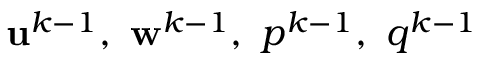
\mathbf { u } ^ { k - 1 } , \ \mathbf { w } ^ { k - 1 } , \ p ^ { k - 1 } , \ q ^ { k - 1 }